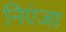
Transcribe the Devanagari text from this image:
निएंजा